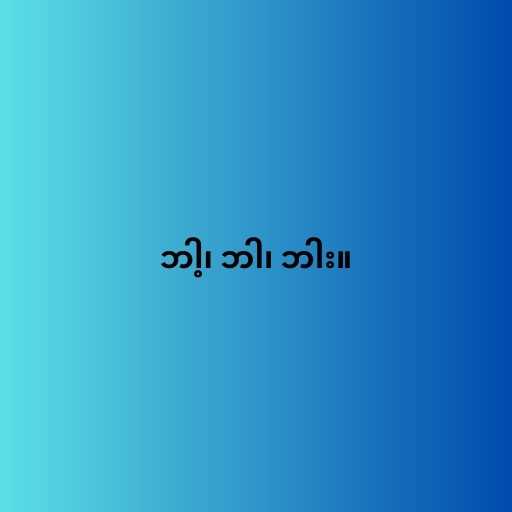
ဘါ့၊ ဘါ၊ ဘါး။